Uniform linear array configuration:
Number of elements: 16
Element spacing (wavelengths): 1
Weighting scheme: uniform
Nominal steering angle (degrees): -15
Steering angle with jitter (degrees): -16.398
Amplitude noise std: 0.05
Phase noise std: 0.05

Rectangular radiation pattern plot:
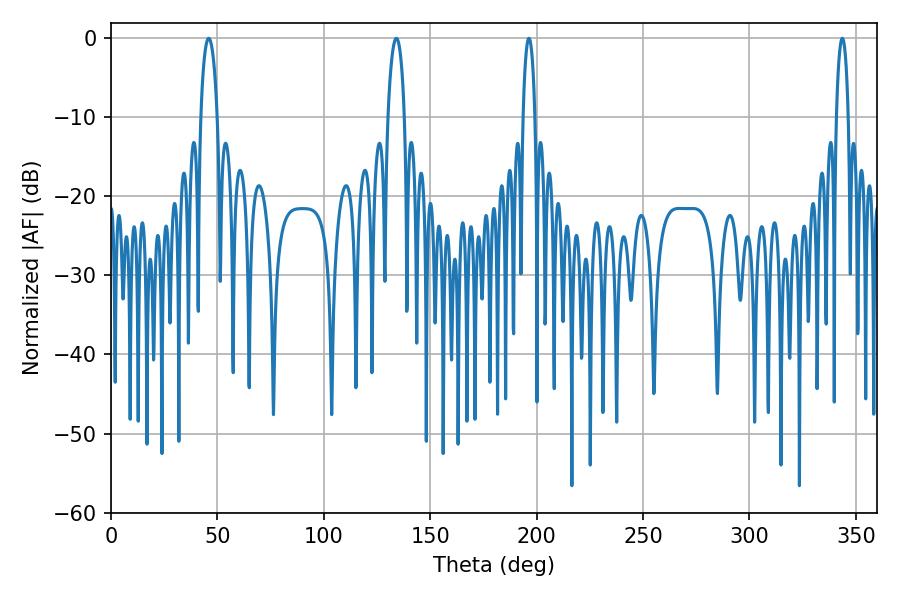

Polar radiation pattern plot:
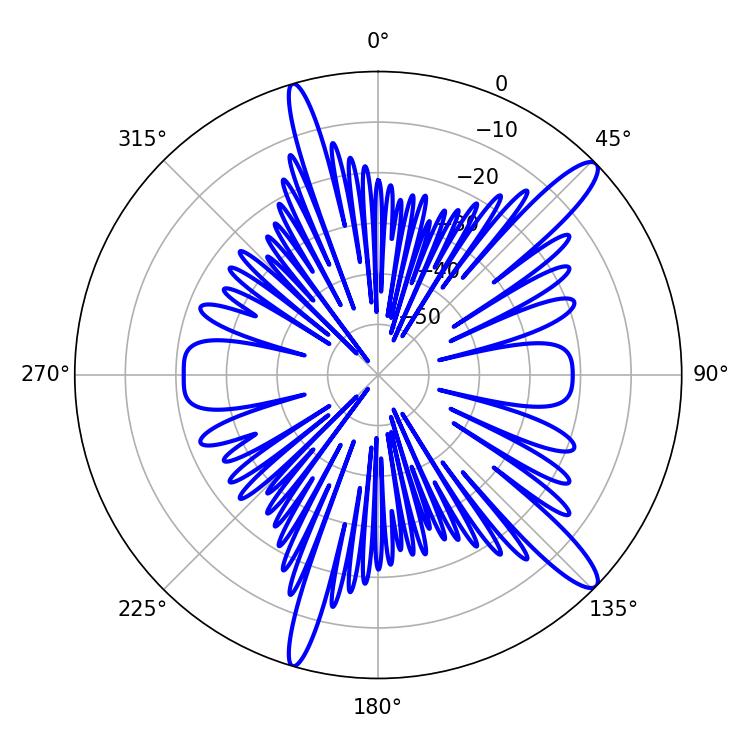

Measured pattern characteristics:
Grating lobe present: TRUE
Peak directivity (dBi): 13.412
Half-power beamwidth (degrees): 4.5
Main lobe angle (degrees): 45.9